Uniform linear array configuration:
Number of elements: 4
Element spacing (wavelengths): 0.75
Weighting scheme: exponential
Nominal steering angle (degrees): -45
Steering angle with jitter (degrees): -44.012
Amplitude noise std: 0.05
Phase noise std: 0.05

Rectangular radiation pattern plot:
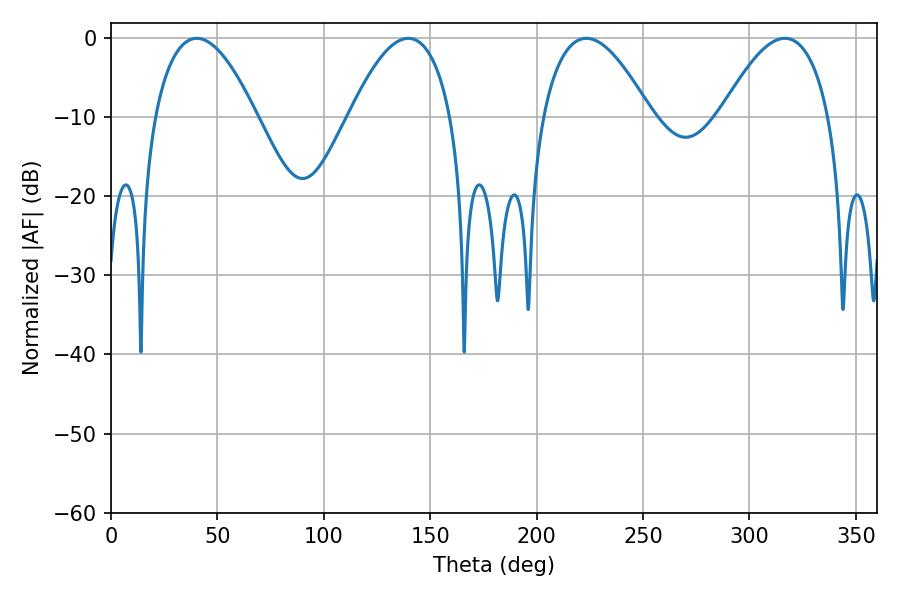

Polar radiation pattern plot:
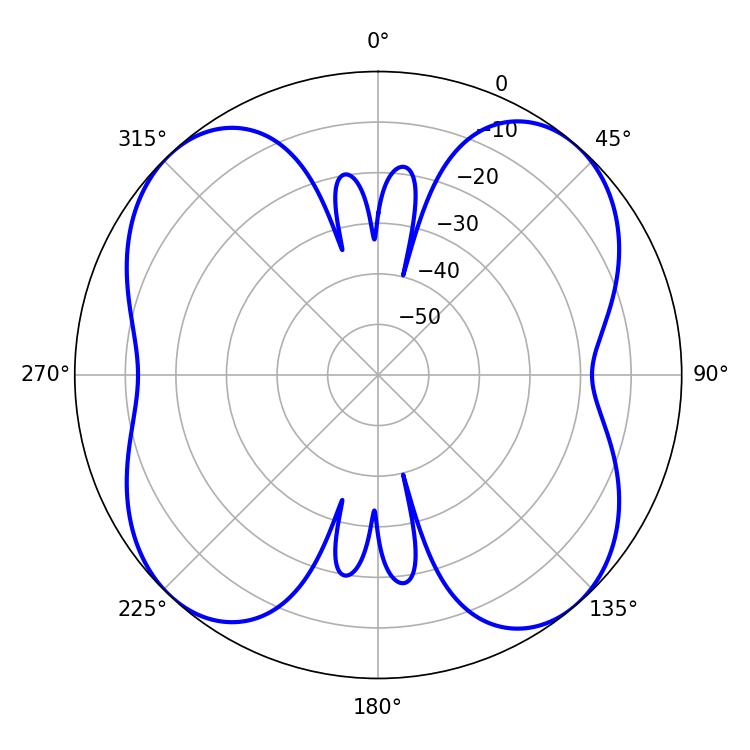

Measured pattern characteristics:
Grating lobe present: TRUE
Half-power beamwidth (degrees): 26.46
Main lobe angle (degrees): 40.32